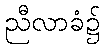
ညီလာခံ၌